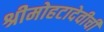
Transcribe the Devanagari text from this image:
श्रीमोहटादेवीची